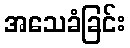
အသေခံခြင်း